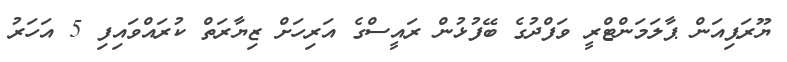
ޔޫރަޕިއަން ޕާލަމަންޓްރީ ވަފްދުގެ ބޭފުޅުން ރައީސްގެ އަރިހަށް ޒިޔާރަތް ކުރައްވައިފި 5 އަހަރު